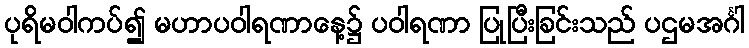
ပုရိမဝါကပ်၍ မဟာပဝါရဏာနေ့၌ ပဝါရဏာ ပြုပြီးခြင်းသည် ပဌမအင်္ဂါ